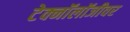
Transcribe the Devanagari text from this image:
टेक्नॉलॉजीवर